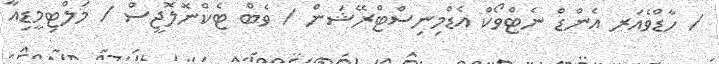
/ ހާޑްވެއަރ އެންޑް ނެޓްވޯކް އެޑްމިނިސްޓްރޭޝަން / ވެބް ޓެކްނޮލޮޖީސް / މަލްޓިމީޑިއާ